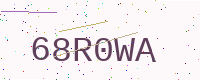
Text: 68R0WA